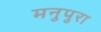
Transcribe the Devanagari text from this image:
मनुपुरा